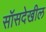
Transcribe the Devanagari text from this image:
सॉसदेखील